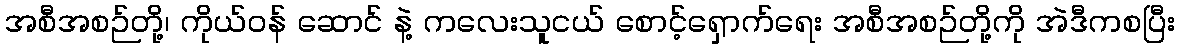
အစီအစဉ်တို့၊ ကိုယ်ဝန် ဆောင် နဲ့ ကလေးသူငယ် စောင့်ရှောက်ရေး အစီအစဉ်တို့ကို အဲဒီကစပြီး